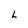
Character: L